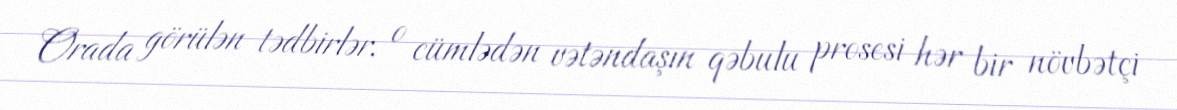
Orada görülən tədbirlər, o cümlədən vətəndaşın qəbulu prosesi hər bir növbətçi